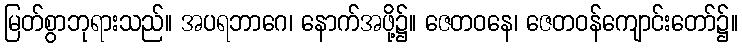
မြတ်စွာဘုရားသည်။ အပရဘာဂေ၊ နောက်အဖို့၌။ ဇေတဝနေ၊ ဇေတဝန်ကျောင်းတော်၌။